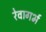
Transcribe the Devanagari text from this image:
रेवागर्भ